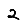
Digit: 2